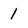
Character: 1